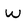
Character: w